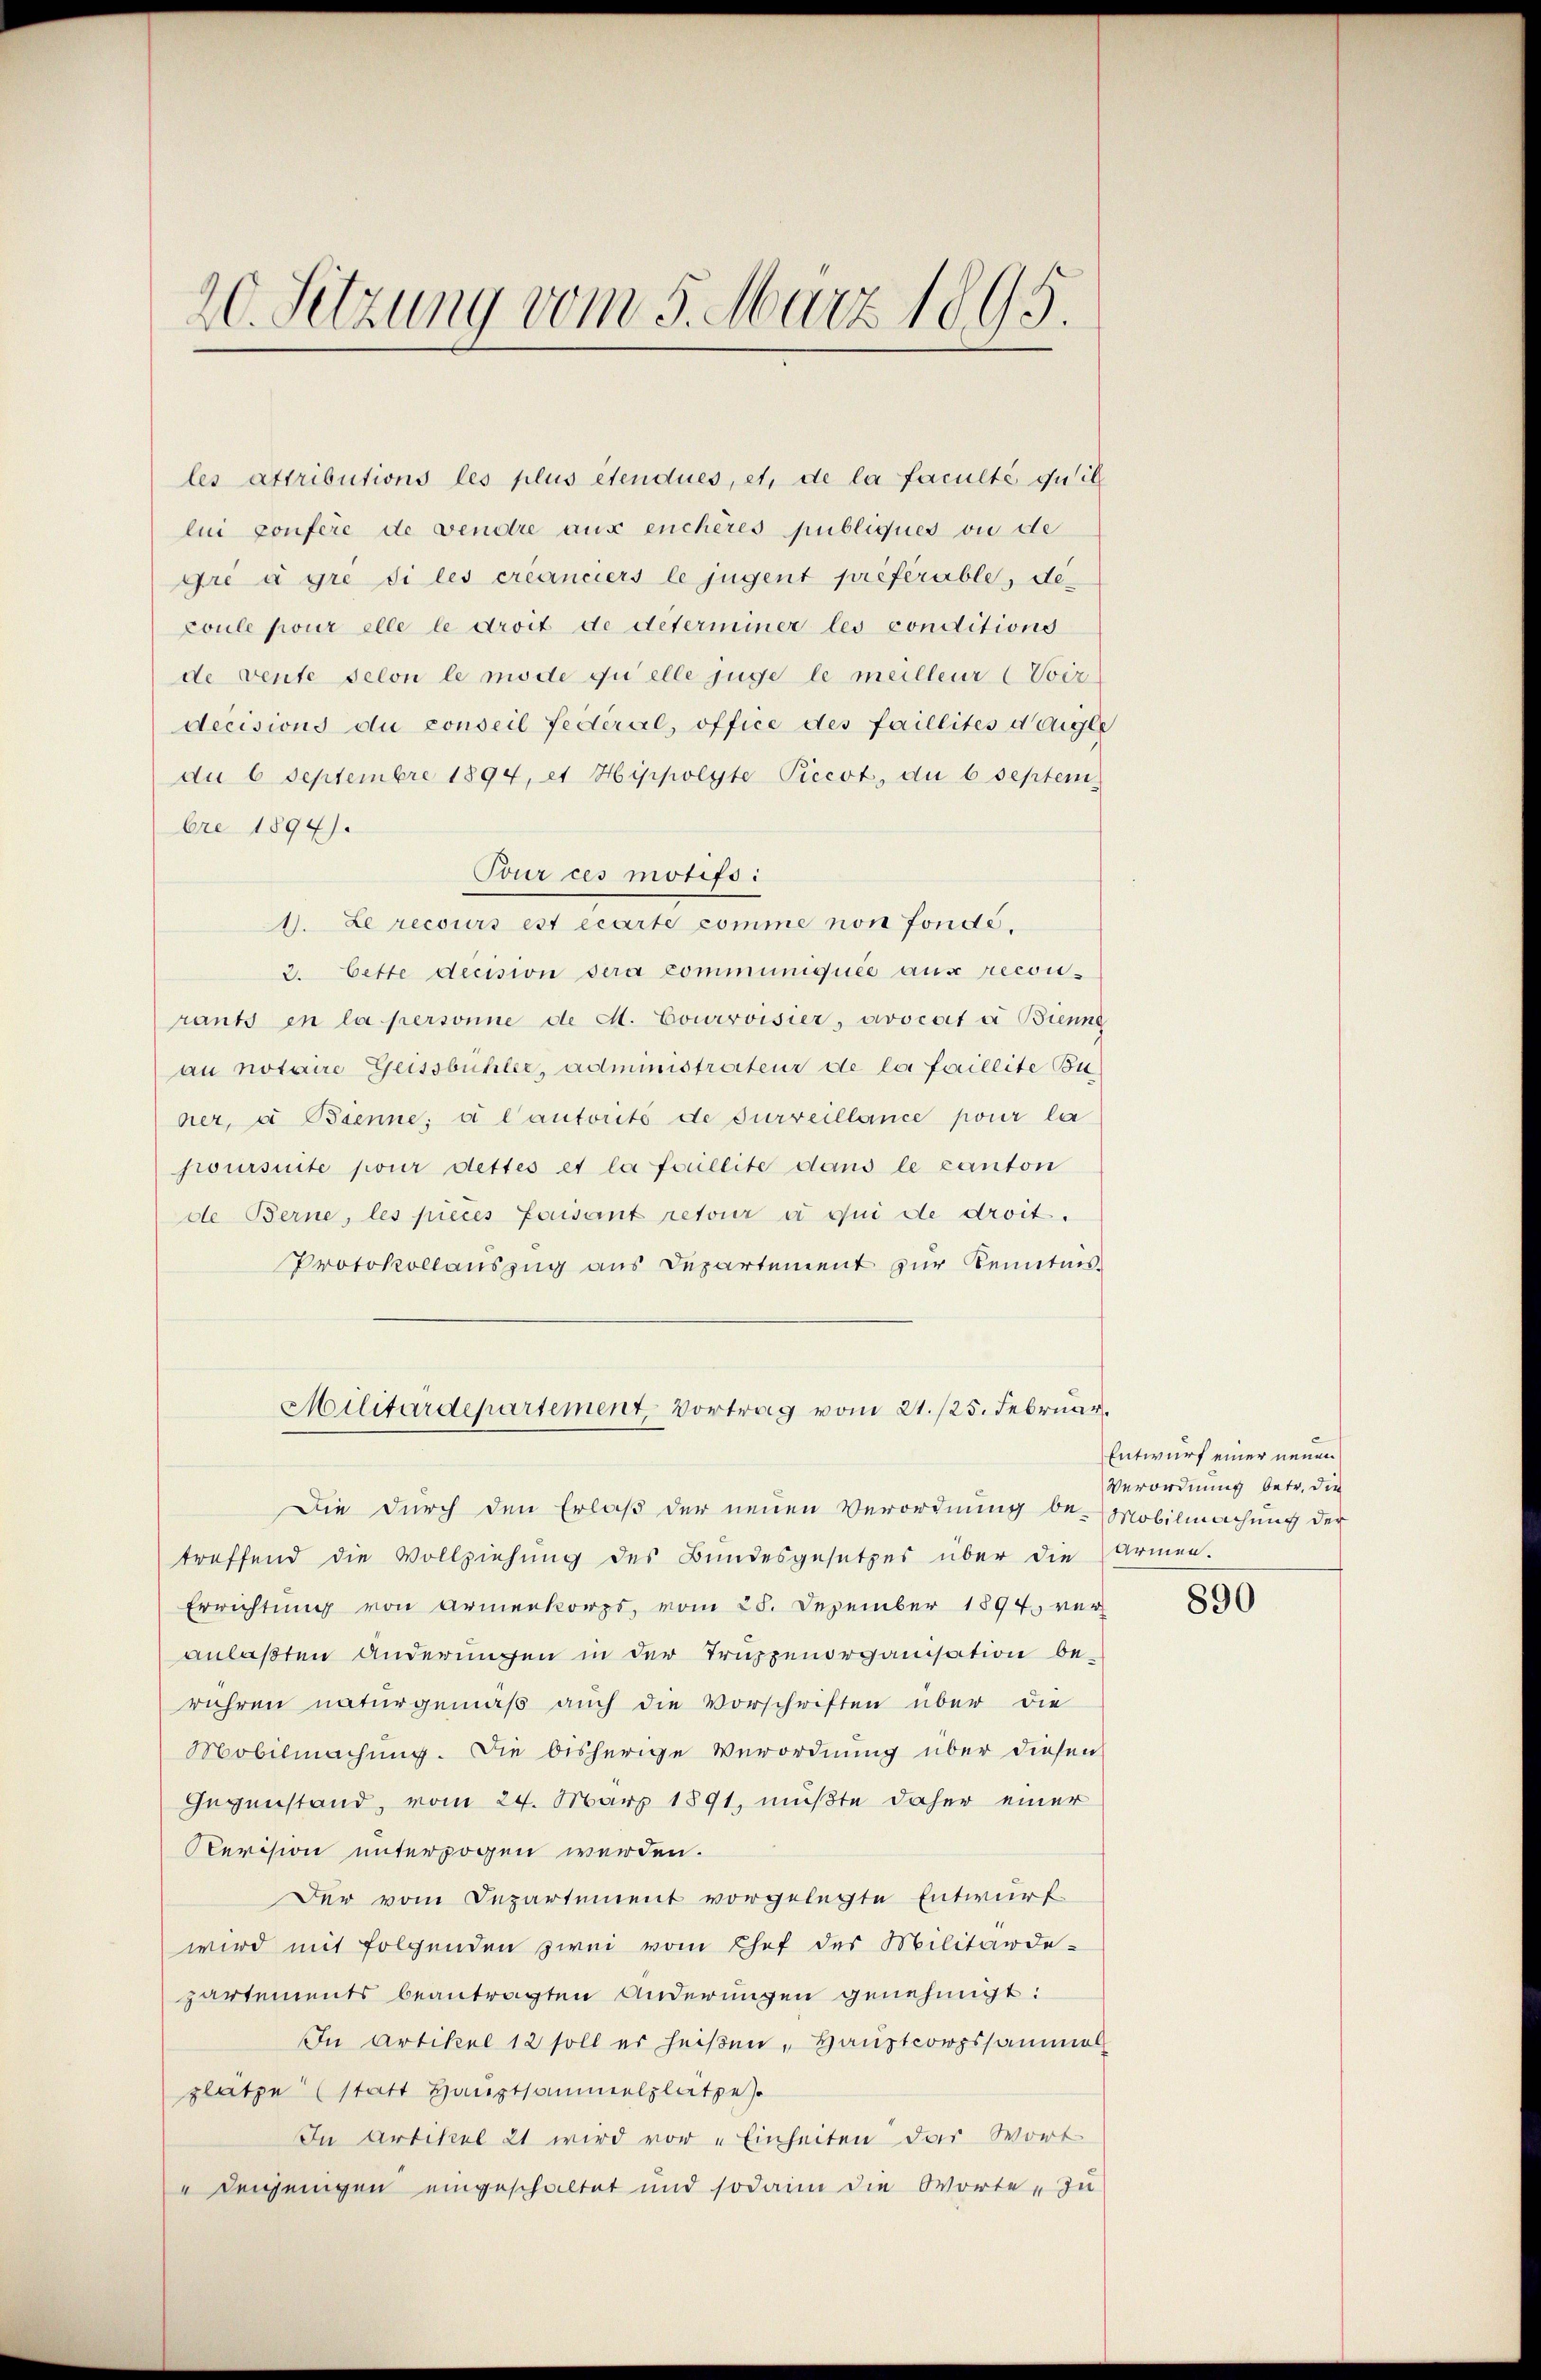
20. Setzung vom 5. März 1895.

les attributions les plus etendues, et, de la faculté qu’il
lui confere de vendre aux enchères publiques ou de
Ire à gre si les créanciers le jugent préférable, decoule pour elle le droit de determiner les conditions
de vente selon le mode quelle juge le meilleur (Voiz
decisions du conseil fédéral, office des faillités dergle
du 6 Septembre 1894, et Hippolyte Piccot, du b septem
bre 1894).
Tour ces motifs:
1. Le recours est écarte comme non fondé.
2. Cette decision sera communiquée aus recon-
rants in la personne de A. Courvoisier, avocata Bienne
au notaire Geissbühler, administracteur de loi faillite Bu
her, u Brenne; d lautorité de surveillance pour la
joursuite pour dettes et la faillite dans le canton
de Berne, les pieces faisant retour à qui de droit.
Protokollauszug aus Departement zur Kenntnis¬
Militärdepartement, Vortrag vom 21./25. Februar.
Die durch den Erlaß der neuen Verordnung be-Mobilmachung der
treffend die Vollziehung des Bundesgesetzes über die Armen.
Errichtung von Armenkorps, vom 28. Dezember 1894 ver
anlaßten Anderungen in der Truppenorganisation be-
rühren naturgemäß auch die Vorschriften über die
Mobilmachung. Die bisherige Verordnung über diesen
Gegenstand, vom 24. März 1891, müßte daher einer
Revision unterzogen werden.
Der vom Departement vorgelegte Entwurf
wird mit folgenden zwei vom Chef des Militärde-
partements beantragten Anderungen genehmigt:
In Artikel 12 soll er heißen „Hauptcorpssammel
platze (statt Hauptsammelplatze
In Artikel 21 wird vor „Einheiten das Wort
Denjenigen eingeschaltet und sodann die Worte „zu

Entwurf einer neuen
Verordnung betr. die

890